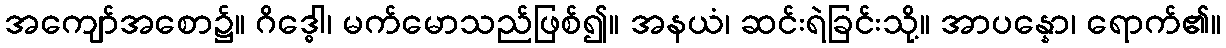
အကျော်အစော၌။ ဂိဒ္ဓေါ၊ မက်မောသည်ဖြစ်၍။ အနယံ၊ ဆင်းရဲခြင်းသို့။ အာပန္နော၊ ရောက်၏။